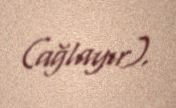
(ağlayır).